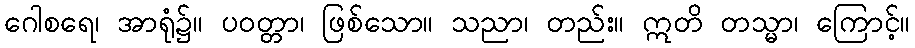
ဂေါစရေ၊ အာရုံ၌။ ပဝတ္တာ၊ ဖြစ်သော။ သညာ၊ တည်း။ ဣတိ တသ္မာ၊ ကြောင့်။